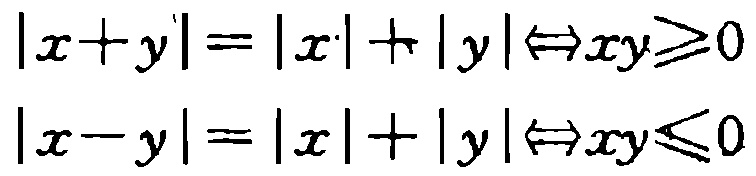
\[
\begin{align*}
|x + y| = |x|+|y|&\Leftrightarrow xy\geq0\\
|x - y| = |x|+|y|&\Leftrightarrow xy\leq0
\end{align*}
\]